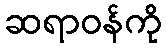
ဆရာဝန်ကို